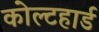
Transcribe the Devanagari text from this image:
कोल्टहार्ड